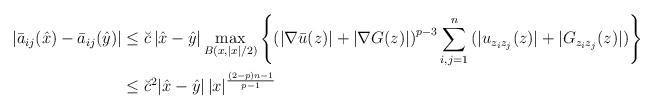
LaTeX: \begin{align*} |\bar a_{ij} (\hat x) - \bar a_{ij}( \hat y ) | &\leq \breve c \, | \hat x - \hat y | \max_{B ( x, |x|/2)} \left\{ \left( |\nabla \bar u(z) | + | \nabla G(z) | \right)^{p-3} \sum_{i,j= 1}^n \, ( | u_{z_i z_j} (z) | + | G_{z_i z_j} (z) | ) \right\} \\& \leq \breve c^2 | \hat x - \hat y | \, |x|^{\frac{(2-p)n - 1}{p-1}} \end{align*}